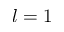
l = 1